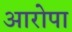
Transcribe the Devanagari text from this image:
आरोपा